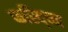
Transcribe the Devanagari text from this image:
फस्द्च्नि